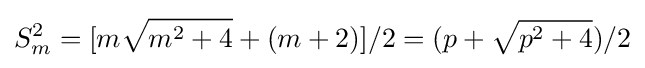
S_{m}^{2}=[m{\sqrt {m^{2}+4}}+(m+2)]/2=(p+{\sqrt {p^{2}+4}})/2